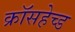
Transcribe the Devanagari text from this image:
क्रॉसहेच्ड